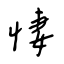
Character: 悽